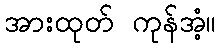
အားထုတ် ကုန်အံ့။